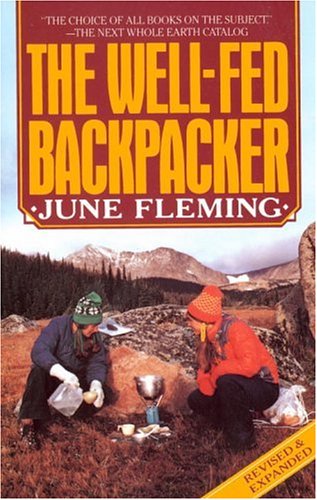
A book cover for The Well-Fed Backpacker; June Fleming; Cookbooks, Food & Wine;